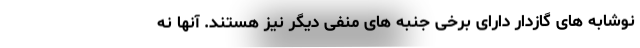
نوشابه های گازدار دارای برخی جنبه های منفی دیگر نیز هستند. آنها نه